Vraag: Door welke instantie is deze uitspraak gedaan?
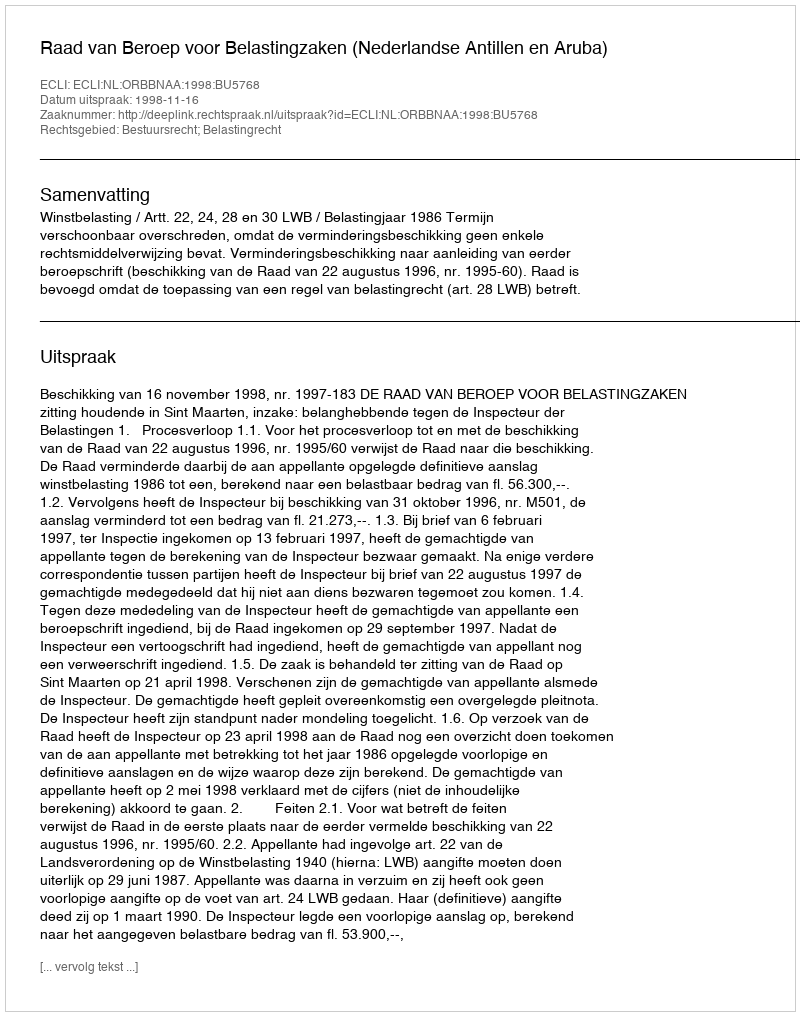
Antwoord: Raad van Beroep voor Belastingzaken (Nederlandse Antillen en Aruba)